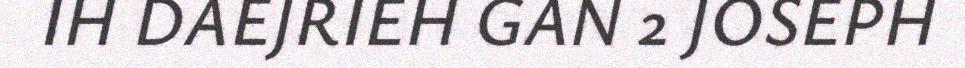
IH DAEJRIEH GAN 2 JOSEPH